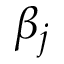
\beta _ { j }